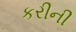
કરીની